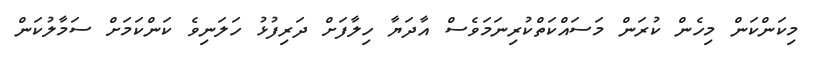
މިކަންކަން މިހެން ކުރަން މަސައްކަތްކުރިނަމަވެސް އާދަޔާ ހިލާފަށް ދަރިފުޅު ހަލަނިވެ ކަންކަމަށް ސަމާލުކަން